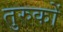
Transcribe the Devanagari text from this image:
तुरुकों